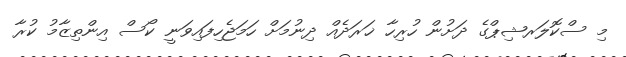
މި ސްކޮލަރޝިޕްގެ ދަށުން ހުރިހާ ޚަރަދެއް ދިނުމަށް ހަމަޖެހިފައިވަނީ ކޯސް އިންތިޒާމު ކުރާ